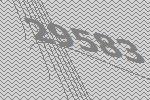
29583